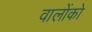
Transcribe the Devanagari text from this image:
वालोंको